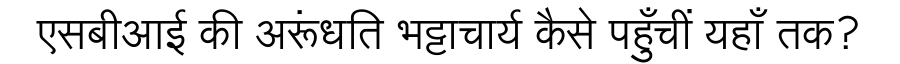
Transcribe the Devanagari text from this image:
एसबीआई की अरूंधति भट्टाचार्य कैसे पहुँचीं यहाँ तक?